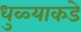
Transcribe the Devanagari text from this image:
धुळ्याकडे